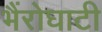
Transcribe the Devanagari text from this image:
भैंरोघाटी